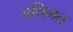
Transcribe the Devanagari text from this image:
अधिगत